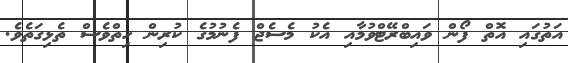
އަތުގައި އޮތް ފޯން ވައިބްރޭޓްވުމާއި އެކު މެސެޖް ފެނުމުގެ ކުރިން ހިތްވެސް ތެޅިގަތެވެ.